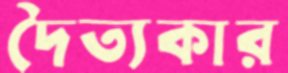
দৈত্যকার